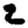
Digit: 2